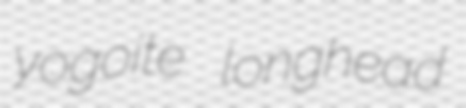
yogoite longhead